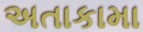
અતાકામા